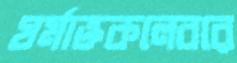
ঘর্মাক্তকলেবরে